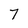
Character: 7